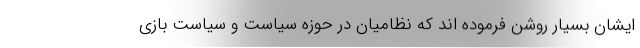
ایشان بسیار روشن فرموده اند که نظامیان در حوزه سیاست و سیاست بازی